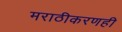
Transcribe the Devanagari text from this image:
मराठीकरणही